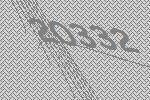
20332